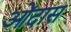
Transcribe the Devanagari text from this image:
ओंदास